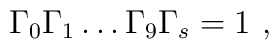
\Gamma_0 \Gamma_1 \dots \Gamma_9 \Gamma_s = 1 \ ,